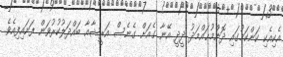
އެކިއެކި ކަންކަމުގައި ދޮންމުޙައްމަދު ދީދީ އޭނާ ގެއަށް ގެނެސް އަރީޝާއާ ބައްދަލުކުރުވަން ފަށައިފިއެވެ.